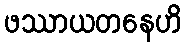
ဖဿာယတနေဟိ